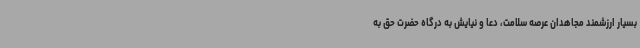
بسیار ارزشمند مجاهدان عرصه سلامت، دعا و نیایش به درگاه حضرت حق به